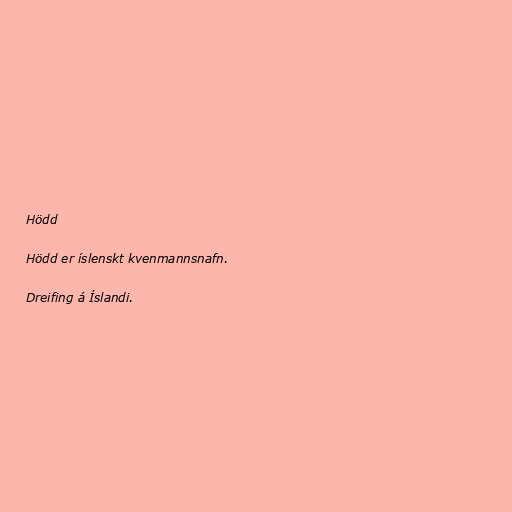
Hödd

Hödd er íslenskt kvenmannsnafn.

Dreifing á Íslandi.